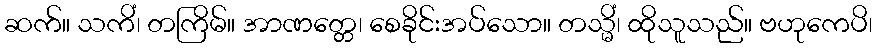
ဆက်။ သကိံ၊ တကြိမ်။ အာဏတ္တေ၊ စေခိုင်းအပ်သော။ တသ္မိံ၊ ထိုသူသည်။ ဗဟုကေပိ၊